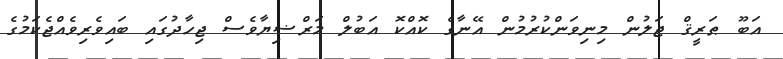
އަބޫ ޠަރީޤް ޖަލުން މިނިވަންކުރުމުން އޭނާގެ ކޮއްކޮ އަބުލް މަރްޟިޔާވެސް ޖިހާދުގައި ބައިވެރިވެއްޖެކަމުގެ